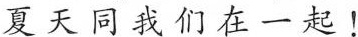
夏天同我们在一起!